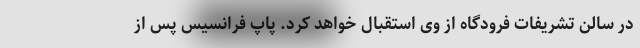
در سالن تشریفات فرودگاه از وی استقبال خواهد کرد. پاپ فرانسیس پس از